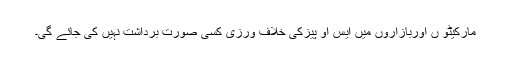
مارکیٹو ں اوربازاروں میں ایس او پیزکی خلاف ورزی کسی صورت برداشت نہیں کی جائے گی۔